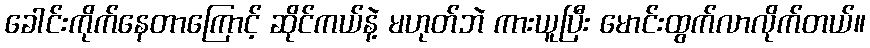
ခေါင်းကိုက်နေတာကြောင့် ဆိုင်ကယ်နဲ့ မဟုတ်ဘဲ ကားယူပြီး မောင်းထွက်လာလိုက်တယ်။